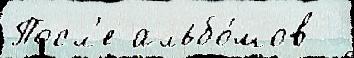
Посл'е альбо́мов